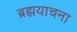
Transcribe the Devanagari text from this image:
ब्रह्मयाचना